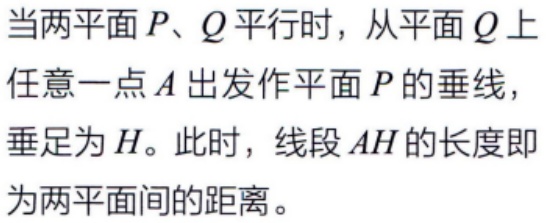
当两平面\(P、Q\)平行时，从平面\(Q\)上任意一点\(A\)出发作平面\(P\)的垂线，垂足为\(H\)。此时，线段\(AH\)的长度即为两平面间的距离。